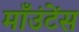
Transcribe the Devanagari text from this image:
माँउंटेंस